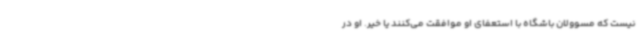
نیست که مسوولان باشگاه با استعفای او موافقت می‌کنند یا خیر. او در